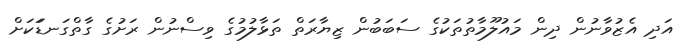
އަދި އެޒުވާނުން ދިން މައުލޫމާތުތަކުގެ ސަބަބުން ޒިޔާރަތް ތަޅާލުމުގެ ވިސްނުން ރަށުގެ ގާތްގަނޑަަކަށް